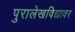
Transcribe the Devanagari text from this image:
पुरालेखविद्यावर